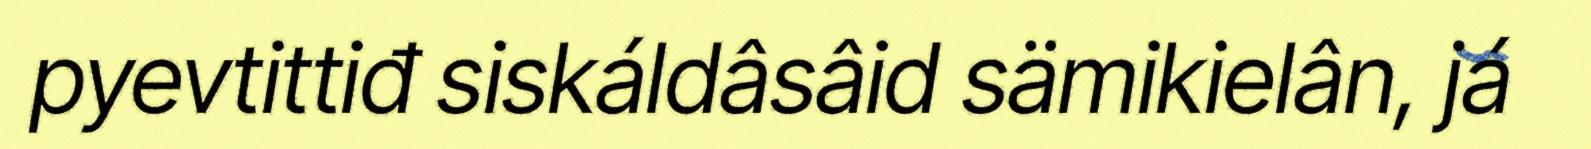
pyevtittiđ siskáldâsâid sämikielân, já